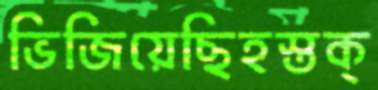
ভিজিয়েছিহস্তক্